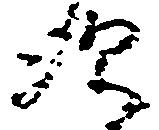
次